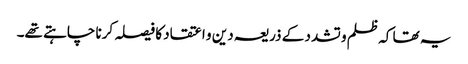
یہ تھا کہ ظلم و تشدد کے ذریعہ دین و اعتقاد کا فیصلہ کرنا چاہتے تھے۔